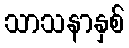
သာသနာနှစ်